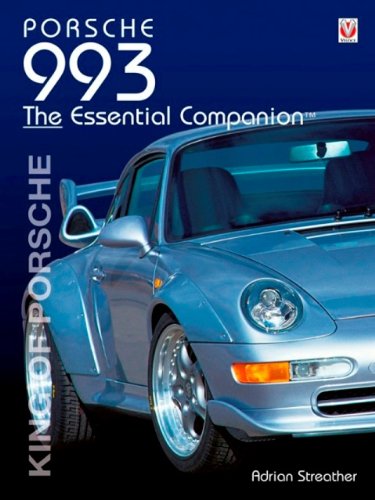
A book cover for Porsche 993 Essential Companion; Adrian Streather; Engineering & Transportation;